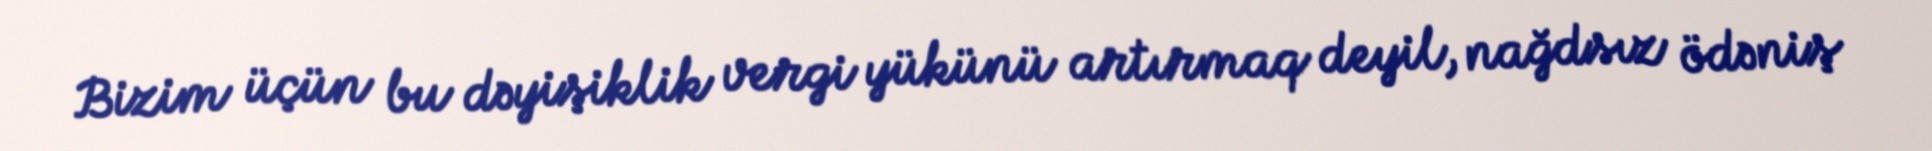
Bizim üçün bu dəyişiklik vergi yükünü artırmaq deyil, nağdsız ödəniş